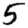
Digit: 5